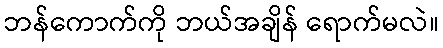
ဘန်ကောက်ကို ဘယ်အချိန် ရောက်မလဲ။